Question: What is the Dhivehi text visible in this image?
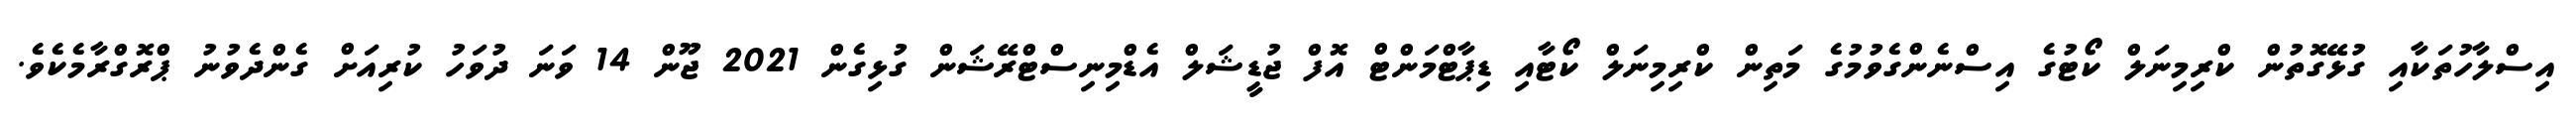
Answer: އިސްލާހުތަކާއި ގުޅޭގޮތުން ކްރިމިނަލް ކޯޓުގެ އިސްނެންގެވުމުގެ މަތިން ކްރިމިނަލް ކޯޓާއި ޑިޕާޓްމަންޓް އޮފް ޖުޑީޝަލް އެޑްމިނިސްޓްރޭޝަން ގުޅިގެން 2021 ޖޫން 14 ވަނަ ދުވަހު ކުރިއަށް ގެންދެވުނު ޕްރޮގްރާމެކެވެ.